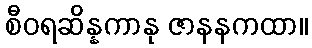
စီဝရဆိန္နကာနု ဇာနနကထာ။